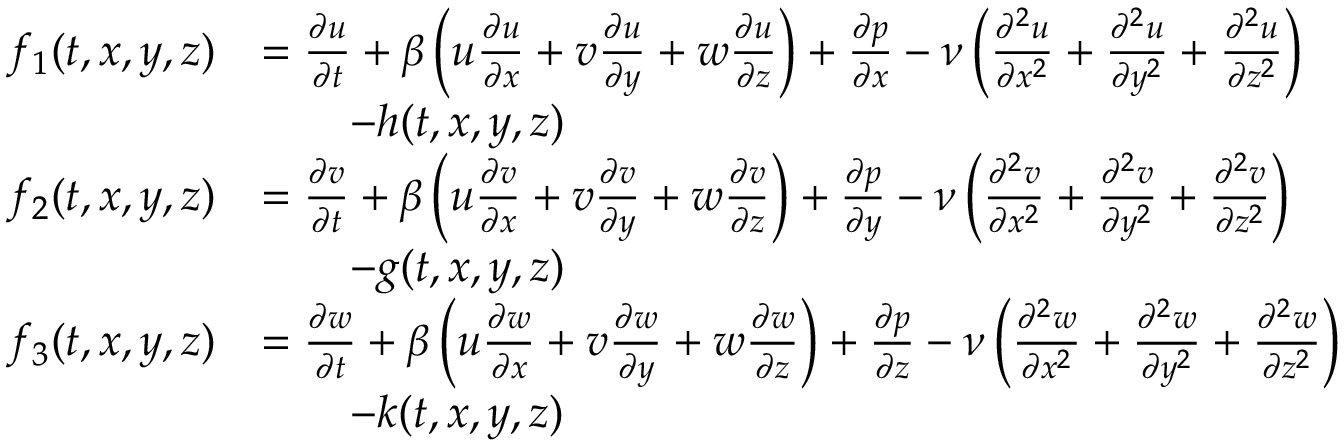
\begin{array} { r l } { f _ { 1 } ( t , x , y , z ) } & { = \frac { \partial u } { \partial t } + \beta \left( u \frac { \partial u } { \partial x } + v \frac { \partial u } { \partial y } + w \frac { \partial u } { \partial z } \right) + \frac { \partial p } { \partial x } - \nu \left( \frac { \partial ^ { 2 } u } { \partial x ^ { 2 } } + \frac { \partial ^ { 2 } u } { \partial y ^ { 2 } } + \frac { \partial ^ { 2 } u } { \partial z ^ { 2 } } \right) } \\ & { \qquad - h ( t , x , y , z ) } \\ { f _ { 2 } ( t , x , y , z ) } & { = \frac { \partial v } { \partial t } + \beta \left( u \frac { \partial v } { \partial x } + v \frac { \partial v } { \partial y } + w \frac { \partial v } { \partial z } \right) + \frac { \partial p } { \partial y } - \nu \left( \frac { \partial ^ { 2 } v } { \partial x ^ { 2 } } + \frac { \partial ^ { 2 } v } { \partial y ^ { 2 } } + \frac { \partial ^ { 2 } v } { \partial z ^ { 2 } } \right) } \\ & { \qquad - g ( t , x , y , z ) } \\ { f _ { 3 } ( t , x , y , z ) } & { = \frac { \partial w } { \partial t } + \beta \left( u \frac { \partial w } { \partial x } + v \frac { \partial w } { \partial y } + w \frac { \partial w } { \partial z } \right) + \frac { \partial p } { \partial z } - \nu \left( \frac { \partial ^ { 2 } w } { \partial x ^ { 2 } } + \frac { \partial ^ { 2 } w } { \partial y ^ { 2 } } + \frac { \partial ^ { 2 } w } { \partial z ^ { 2 } } \right) } \\ & { \qquad - k ( t , x , y , z ) } \end{array}